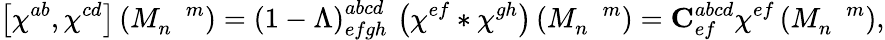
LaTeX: \left[\chi^{ab},\chi^{cd}\right]\left(M_{n}^{\, \, \, \, \, m}\right)=\left(1-\Lambda\right)_{efgh}^{abcd}\, \left(\chi^{ef}\ast\chi^{gh}\right)\left(M_{n}^{\, \, \, \, \, m}\right)={\mathbf{C}}_{ef}^{abcd}\chi^{ef}\left(M_{n}^{\, \, \, \, \, m}\right),